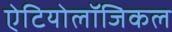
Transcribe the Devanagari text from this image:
ऐटियोलॉजिकल